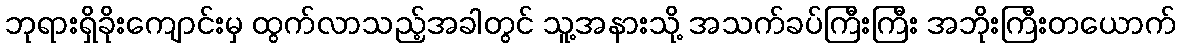
ဘုရားရှိခိုးကျောင်းမှ ထွက်လာသည့်အခါတွင် သူ့အနားသို့ အသက်ခပ်ကြီးကြီး အဘိုးကြီးတယောက်